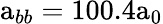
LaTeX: \mathrm{a}_{bb}=100.4\mathrm{a}_{0}